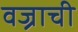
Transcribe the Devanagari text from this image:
वज्राची